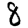
Digit: 8